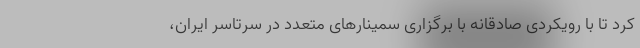
کرد تا با رویکردی صادقانه با برگزاری سمینارهای متعدد در سرتاسر ایران،